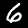
Label: 6